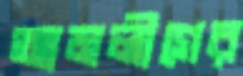
আমলীগের